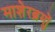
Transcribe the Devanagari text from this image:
माशेरब्रुमों